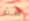
هذه